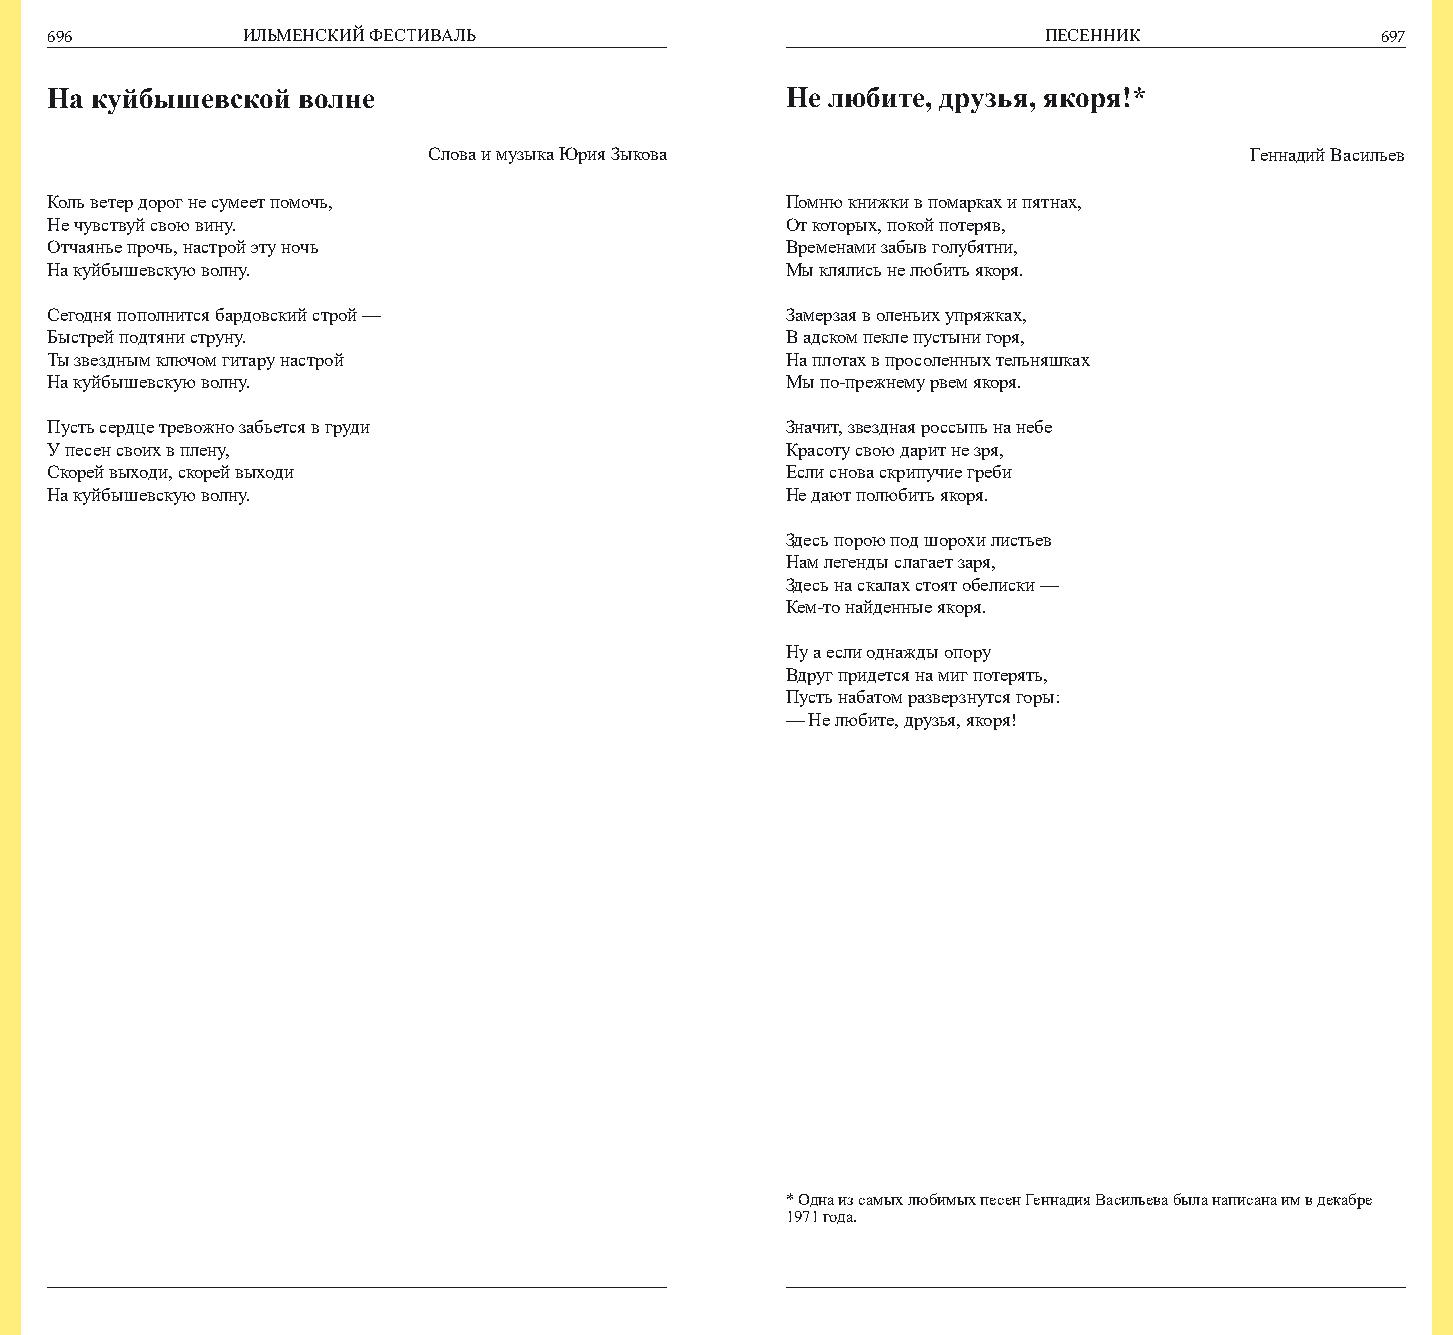
696          ИЛЬМЕНСКИЙ ФЕСТИВАЛЬ                                 ПЕСЕННИК              697
 На куйбышевской  волне                           Не любите, друзья, якоря!*
 Слова и музыка Юрия Зыкова                             Геннадий Васильев
 Коль ветер дорог не сумеет помочь,               Помню книжки в помарках и пятнах,
 Не чувствуй свою вину.                           От которых, покой потеряв,
 Отчаянье прочь, настрой эту ночь                 Временами забыв голубятни,
 На куйбышевскую волну.                           Мы клялись не любить якоря.
 Сегодня пополнится бардовский строй —            Замерзая в оленьих упряжках,
 Быстрей подтяни струну.                          В адском пекле пустыни горя,
 Ты звездным ключом гитару настрой                На плотах в просоленных тельняшках
 На куйбышевскую волну.                           Мы по-прежнему рвем якоря.
 Пусть сердце тревожно забьется в груди           Значит, звездная россыпь на небе
 У песен своих в плену,                           Красоту свою дарит не зря,
 Скорей выходи, скорей выходи                     Если снова скрипучие греби
 На куйбышевскую волну.                           Не дают полюбить якоря.
 Здесь порою под шорохи листьев
 Нам легенды слагает заря,
 Здесь на скалах стоят обелиски —
 Кем-то найденные якоря.
 Ну а если однажды опору
 Вдруг придется на миг потерять,
 Пусть набатом разверзнутся горы:
 — Не любите, друзья, якоря!
 * Одна из самых любимых песен Геннадия Васильева была написана им в декабре
 1971 года.